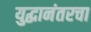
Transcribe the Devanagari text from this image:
युद्धानंतरचा